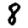
Digit: 8